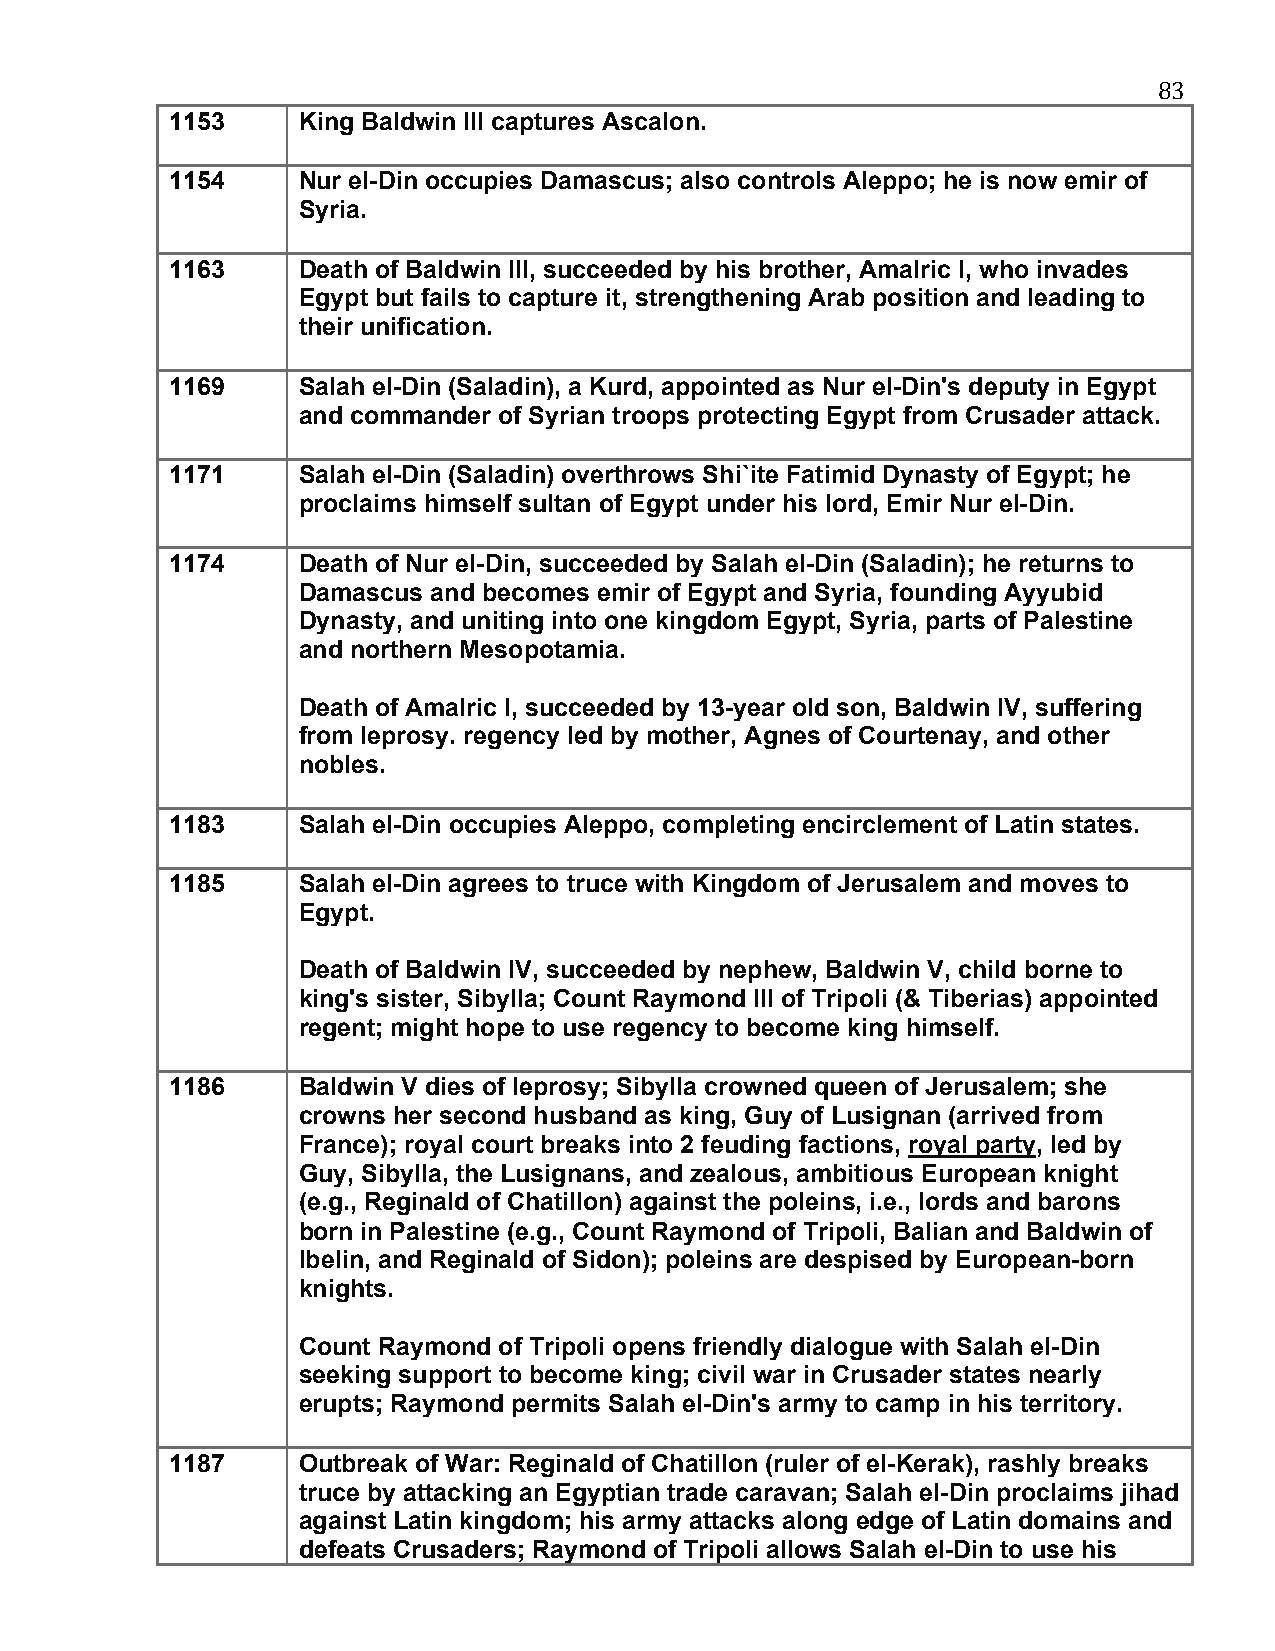
83
 1153     King Baldwin III captures Ascalon.
 1154     Nur el-Din occupies Damascus; also controls Aleppo; he is now emir of
 Syria.
 1163     Death of Baldwin III, succeeded by his brother, Amalric I, who invades
 Egypt but fails to capture it, strengthening Arab position and leading to
 their unification.
 1169     Salah el-Din (Saladin), a Kurd, appointed as Nur el-Din's deputy in Egypt
 and commander of Syrian troops protecting Egypt from Crusader attack.
 1171     Salah el-Din (Saladin) overthrows Shi`ite Fatimid Dynasty of Egypt; he
 proclaims himself sultan of Egypt under his lord, Emir Nur el-Din.
 1174     Death of Nur el-Din, succeeded by Salah el-Din (Saladin); he returns to
 Damascus and becomes emir of Egypt and Syria, founding Ayyubid
 Dynasty, and uniting into one kingdom Egypt, Syria, parts of Palestine
 and northern Mesopotamia.
 Death of Amalric I, succeeded by 13-year old son, Baldwin IV, suffering
 from leprosy. regency led by mother, Agnes of Courtenay, and other
 nobles.
 1183     Salah el-Din occupies Aleppo, completing encirclement of Latin states.
 1185     Salah el-Din agrees to truce with Kingdom of Jerusalem and moves to
 Egypt.
 Death of Baldwin IV, succeeded by nephew, Baldwin V, child borne to
 king's sister, Sibylla; Count Raymond III of Tripoli (& Tiberias) appointed
 regent; might hope to use regency to become king himself.
 1186     Baldwin V dies of leprosy; Sibylla crowned queen of Jerusalem; she
 crowns her second husband as king, Guy of Lusignan (arrived from
 France); royal court breaks into 2 feuding factions, royal party, led by
 Guy, Sibylla, the Lusignans, and zealous, ambitious European knight
 (e.g., Reginald of Chatillon) against the poleins, i.e., lords and barons
 born in Palestine (e.g., Count Raymond of Tripoli, Balian and Baldwin of
 Ibelin, and Reginald of Sidon); poleins are despised by European-born
 knights.
 Count Raymond of Tripoli opens friendly dialogue with Salah el-Din
 seeking support to become king; civil war in Crusader states nearly
 erupts; Raymond permits Salah el-Din's army to camp in his territory.
 1187     Outbreak of War: Reginald of Chatillon (ruler of el-Kerak), rashly breaks
 truce by attacking an Egyptian trade caravan; Salah el-Din proclaims jihad
 against Latin kingdom; his army attacks along edge of Latin domains and
 defeats Crusaders; Raymond of Tripoli allows Salah el-Din to use his